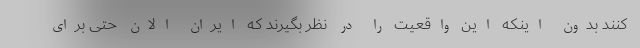
کنند بدون اینکه این واقعیت را در نظر بگیرند که ایران الان حتی برای